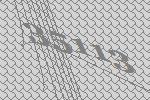
35113